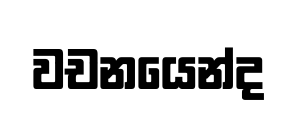
වචනයෙන්ද